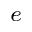
_ { e }